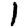
Digit: 1